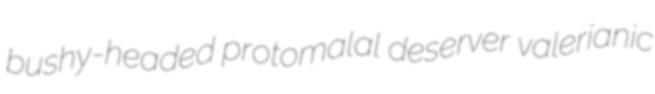
bushy-headed protomalal deserver valerianic